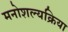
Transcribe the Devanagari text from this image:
मनोशल्यक्रिया